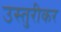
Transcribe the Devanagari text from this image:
उस्तुरीकर